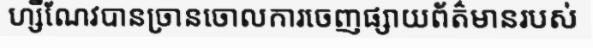
ហ្សឺណែវបានច្រានចោលការចេញផ្សាយព័ត៌មានរបស់